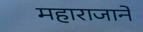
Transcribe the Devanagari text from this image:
महाराजाने